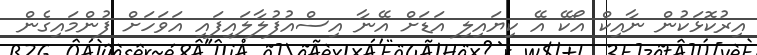
އިރުކޮޅަކުން ނާއިކް އޯކޭ އޭ ކިޔައިލި އަޑަށް އޭނާ އިސްއުފުލާލައިފައި އަވަހަށް ފުންމައިގެން